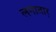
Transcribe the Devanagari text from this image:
लगातार्